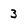
Character: 3